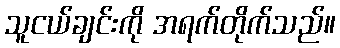
သူငယ်ချင်းကို အရက်တိုက်သည်။